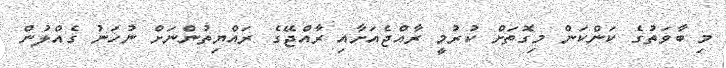
މި ބާވަތުގެ ކަންކަން މިގޮތަށް ކުރުމީ ރާއްޖެއަށާއި ރާއްޖޭގެ ރައްޔިތުންނަށް ނުހަނު ގެއްލުން